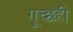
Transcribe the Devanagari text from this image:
गूच्छही